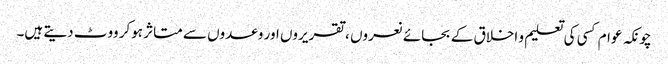
چونکہ عوام کسی کی تعلیم و اخلاق کے بجائے نعروں ، تقریروں اور وعدوں سے متاثر ہوکر ووٹ دیتے ہیں۔